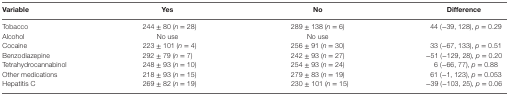
| Variable | Yes | No | Difference |
 | --- | --- | --- | --- |
 | Tobacco | 244 ± 80 (n = 28) | 289 ± 138 (n = 6) | 44 (−39, 128), p = 0.29 |
 | Alcohol | No use | No use |  |
 | Cocaine | 223 ± 101 (n = 4) | 256 ± 91 (n = 30) | 33 (−67, 133), p = 0.51 |
 | Benzodiazepine | 292 ± 79 (n = 7) | 242 ± 93 (n = 27) | −51 (−129, 28), p = 0.20 |
 | Tetrahydrocannabinol | 248 ± 93 (n = 10) | 254 ± 93 (n = 24) | 6 (−66, 77), p = 0.88 |
 | Other medications | 218 ± 93 (n = 15) | 279 ± 83 (n = 19) | 61 (−1, 123), p = 0.053 |
 | Hepatitis C | 269 ± 82 (n = 19) | 230 ± 101 (n = 15) | −39 (−103, 25), p = 0.06 |